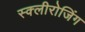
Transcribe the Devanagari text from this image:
स्क्लीरोजिंग